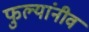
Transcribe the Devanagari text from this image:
फुल्यांनीव